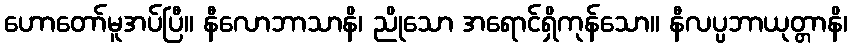
ဟောတော်မူအပ်ပြီ။ နီလောဘာသာနိ၊ ညိုသော အရောင်ရှိကုန်သော။ နီလပ္ပဘာယုတ္တာနိ၊